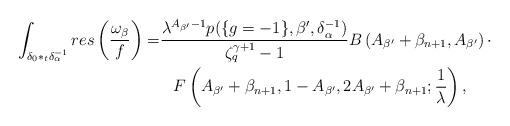
LaTeX: \begin{align*} \int_{\delta_0*_t\delta_{\alpha}^{-1}} res\left(\frac{\omega_\beta}{f}\right)=&\frac{\lambda^{A_{\beta'}-1}p(\{g=-1 \},\beta',\delta_{\alpha}^{-1})}{\zeta_{q}^{\gamma+1}-1}B\left(A_{\beta'}+\beta_{n+1},A_{\beta'}\right)\cdot \\ & \;\;\: F\left(A_{\beta'}+\beta_{n+1},1-A_{\beta'},2A_{\beta'}+\beta_{n+1};\frac{1}{\lambda}\right), \end{align*}